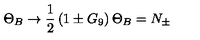
\Theta _ { B } \to \frac { 1 } { 2 } \left( 1 \pm G _ { 9 } \right) \Theta _ { B } = N _ { \pm }